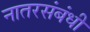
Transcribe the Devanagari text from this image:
नातरसंबंधी